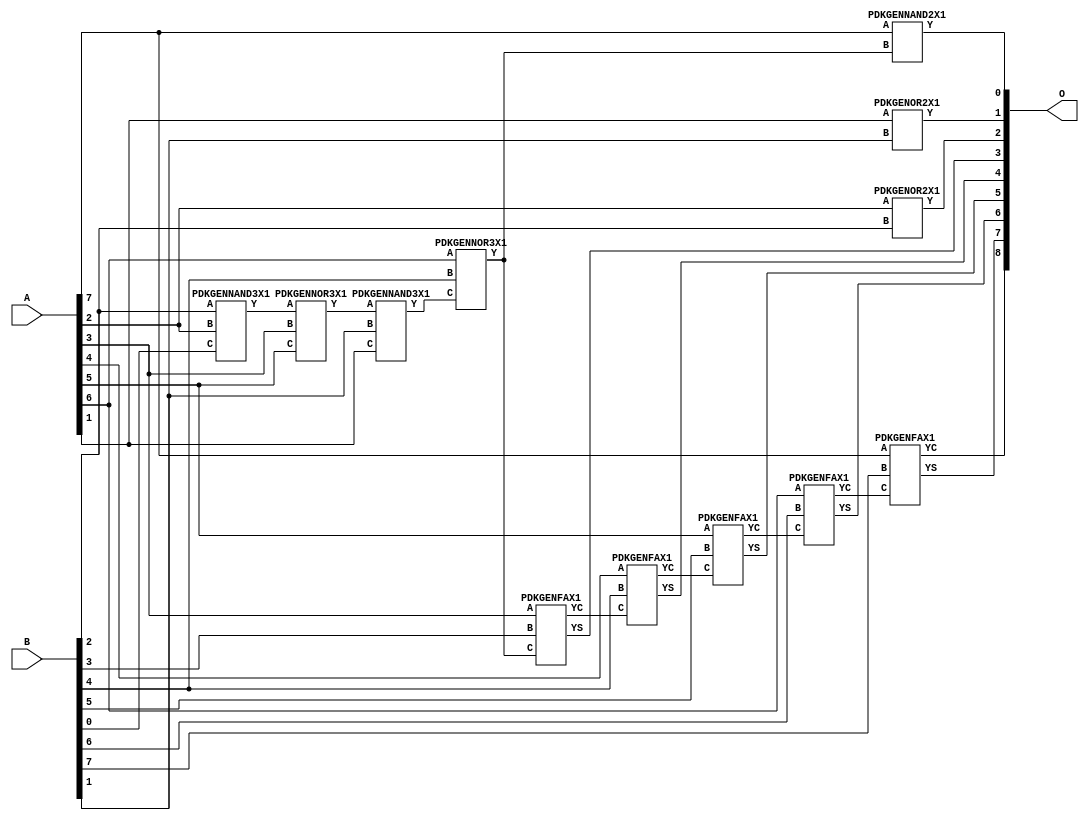
// Library = EvoApprox8b
// Circuit = add8_138
// Area   (180) = 888
// Delay  (180) = 1.570
// Power  (180) = 211.70
// Area   (45) = 61
// Delay  (45) = 0.580
// Power  (45) = 20.94
// Nodes = 12
// HD = 142212
// MAE = 1.77051
// MSE = 6.41992
// MRE = 0.93 %
// WCE = 7
// WCRE = 100 %
// EP = 71.8 %

module add8_138(A, B, O);
  input [7:0] A;
  input [7:0] B;
  output [8:0] O;
  wire [2031:0] N;

  assign N[0] = A[0];
  assign N[1] = A[0];
  assign N[2] = A[1];
  assign N[3] = A[1];
  assign N[4] = A[2];
  assign N[5] = A[2];
  assign N[6] = A[3];
  assign N[7] = A[3];
  assign N[8] = A[4];
  assign N[9] = A[4];
  assign N[10] = A[5];
  assign N[11] = A[5];
  assign N[12] = A[6];
  assign N[13] = A[6];
  assign N[14] = A[7];
  assign N[15] = A[7];
  assign N[16] = B[0];
  assign N[17] = B[0];
  assign N[18] = B[1];
  assign N[19] = B[1];
  assign N[20] = B[2];
  assign N[21] = B[2];
  assign N[22] = B[3];
  assign N[23] = B[3];
  assign N[24] = B[4];
  assign N[25] = B[4];
  assign N[26] = B[5];
  assign N[27] = B[5];
  assign N[28] = B[6];
  assign N[29] = B[6];
  assign N[30] = B[7];
  assign N[31] = B[7];

  PDKGENNAND3X1 n32(.A(N[20]), .B(N[4]), .C(N[16]), .Y(N[32]));
  PDKGENNOR3X1 n34(.A(N[32]), .B(N[6]), .C(N[10]), .Y(N[34]));
  PDKGENNAND3X1 n40(.A(N[34]), .B(N[18]), .C(N[2]), .Y(N[40]));
  assign N[41] = N[40];
  PDKGENNOR3X1 n42(.A(N[12]), .B(N[24]), .C(N[41]), .Y(N[42]));
  assign N[43] = N[42];
  PDKGENOR2X1 n82(.A(N[2]), .B(N[18]), .Y(N[82]));
  PDKGENNAND2X1 n100(.A(N[14]), .B(N[43]), .Y(N[100]));
  PDKGENOR2X1 n132(.A(N[4]), .B(N[20]), .Y(N[132]));
  PDKGENFAX1 n182(.A(N[6]), .B(N[22]), .C(N[43]), .YS(N[182]), .YC(N[183]));
  PDKGENFAX1 n232(.A(N[8]), .B(N[24]), .C(N[183]), .YS(N[232]), .YC(N[233]));
  PDKGENFAX1 n282(.A(N[10]), .B(N[26]), .C(N[233]), .YS(N[282]), .YC(N[283]));
  PDKGENFAX1 n332(.A(N[12]), .B(N[28]), .C(N[283]), .YS(N[332]), .YC(N[333]));
  PDKGENFAX1 n382(.A(N[14]), .B(N[30]), .C(N[333]), .YS(N[382]), .YC(N[383]));

  assign O[0] = N[100];
  assign O[1] = N[82];
  assign O[2] = N[132];
  assign O[3] = N[182];
  assign O[4] = N[232];
  assign O[5] = N[282];
  assign O[6] = N[332];
  assign O[7] = N[382];
  assign O[8] = N[383];

endmodule
/* mod */
module PDKGENFAX1( input A, input B, input C, output YS, output YC );
    assign YS = (A ^ B) ^ C;
    assign YC = (A & B) | (B & C) | (A & C);
endmodule
/* mod */
module PDKGENNOR3X1(input A, input B, input C, output Y );
     assign Y = ~((A | B) | C);
endmodule
/* mod */
module PDKGENNAND3X1(input A, input B, input C, output Y );
     assign Y = ~((A & B) & C);
endmodule
/* mod */
module PDKGENOR2X1(input A, input B, output Y );
     assign Y = A | B;
endmodule
/* mod */
module PDKGENNAND2X1(input A, input B, output Y );
     assign Y = ~(A & B);
endmodule